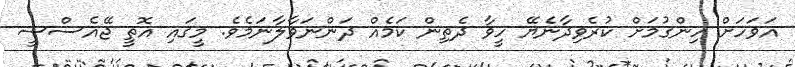
އަވަހަށް ހިންގުމަށް ކުރެވިދާނެޔޭ ހީވާ ދެތިން ކަމެއް ދަންނަވާލާނަމެވެ. މީގައި އޮތީ ޖޭއެސްސީ